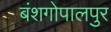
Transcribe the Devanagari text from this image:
बंशगोपालपुर